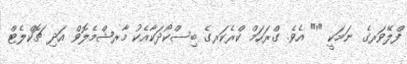
ފްލޭވަރގެ ނަމަކީ "'" އެވެ. ގްރަހަމް ކްރެކަރގެ ބިސްކޯދަކާއެކު މާރޝްމެލޮވް އަދި ޗޮކްލެޓް